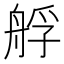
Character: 艀